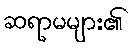
ဆရာမများ၏